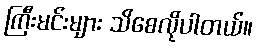
ကြီးမင်းများ သိစေလိုပါတယ်။